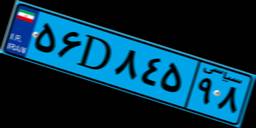
۰۳D۰۸۰۴۵